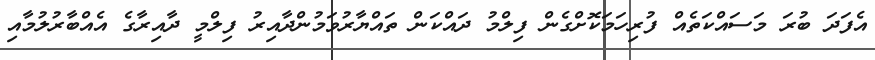
އެފަދަ ބުރަ މަސައްކަތެއް ފުރިހަމަކޮށްގެން ފިލްމު ދައްކަން ތައްޔާރުވަމުންދާއިރު ފިލްމީ ދާއިރާގެ އެއްބާރުލުމާއި